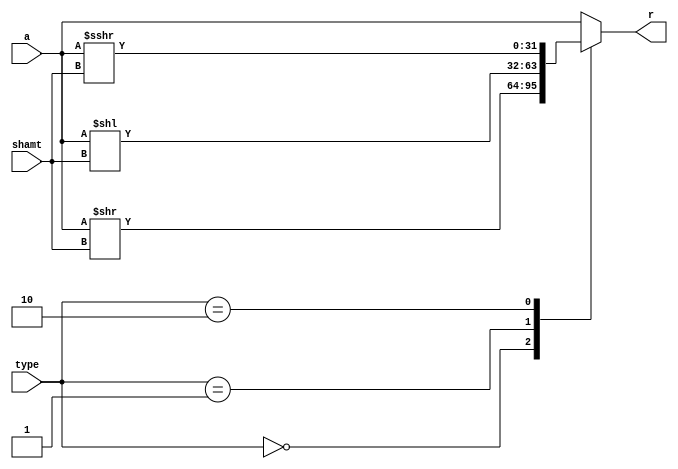
module shifter (input [31:0] a, input [4:0] shamt, input [1:0] type, output reg [31:0] r);

wire signed [31:0] w=$signed(a);
always @ (*) begin
	case(type)
		2'b00: r = a >> shamt; // SRL - (shift right logical)
		2'b01: r = a << shamt; // SLL - (shift left logical)
		2'b10: r = $signed(w)>>>shamt; // SRA - (shift right arithmetic)
		default: r = a << 0;
	endcase
end

endmodule